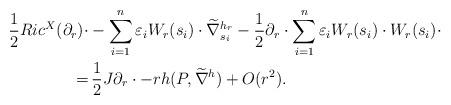
LaTeX: \begin{align*} \frac{1}{2}Ric^X(\partial_r)\cdot &-\sum_{i=1}^n\varepsilon_iW_r(s_i)\cdot\widetilde{\nabla}^{h_r}_{s_i} -\frac{1}{2}\partial_r\cdot\sum_{i=1}^n\varepsilon_iW_r(s_i)\cdot W_r(s_i)\cdot\\ =&\, \frac{1}{2}J\partial_r\cdot -rh(P,\widetilde{\nabla}^h) + O(r^2). \end{align*}